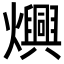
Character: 𬋙